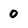
Character: 0